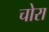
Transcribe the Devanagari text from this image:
चोरा